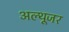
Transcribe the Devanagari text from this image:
अल्थूजर